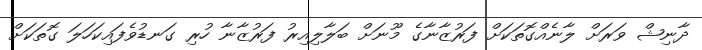
ދާނިޝް ވަރަށް ލާނެއްގޮތަކަށް ފަރުޒާނާގެ މޫނަށް ބަލާލިއިރު ފަރުޒާނާ ހުރި ގަނޑުވެފައިކަހަލަ ގޮތަކަށް